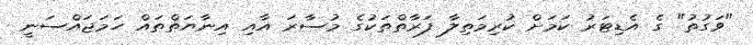
"ވަގުތު" ގެ އެޑިޓަރު ކަމަށް ކުރިމަތިލާ ފަރާތްތަކުގެ މުސާރަ އާއި އިނާޔަތްތައް ހަމަޖައްސަނީ